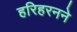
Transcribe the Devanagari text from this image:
हरिहरनने